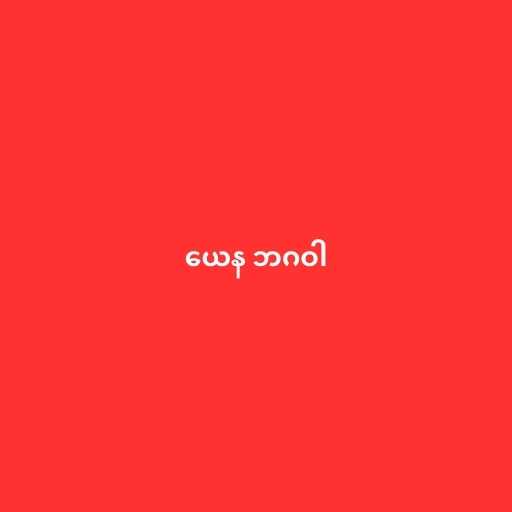
ယေန ဘဂဝါ